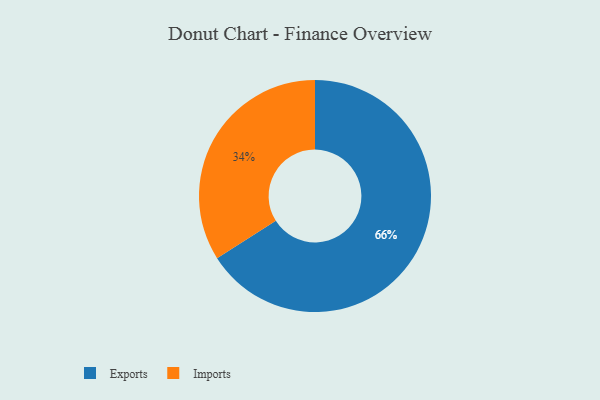
{"axis": {"x": "Category", "y": "Percentage"}, "legend": ["Exports", "Imports"], "data": [{"x": "Imports", "y": 34, "type": "Imports"}, {"x": "Exports", "y": 66, "type": "Exports"}]}